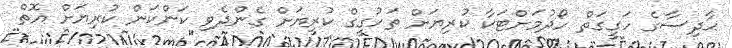
ޙާދިސާގެ ހަގީގަތް ހޯދުމަށްޓަކާ ކުރިޔަށް ތަހުގީގް ކުރިޔަށް ގެންދެވި ކަންކަން ކުރިޔަށް އޮތް